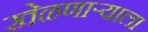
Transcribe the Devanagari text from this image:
खेळणाऱ्याला